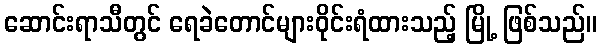
ဆောင်းရာသီတွင် ရေခဲတောင်များဝိုင်းရံထားသည့် မြို့ ဖြစ်သည်။